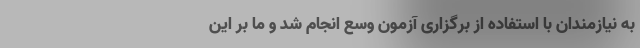
به نیازمندان با استفاده از برگزاری آزمون وسع انجام شد و ما بر این